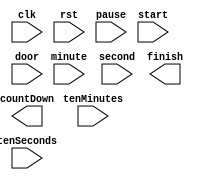
module MicrowaveDoor(clk, rst, tenMinutes, minute, tenSeconds, second, pause, start, door, countDown, finish);
    input clk;
    input rst;
    input tenMinutes;
    input minute;
    input tenSeconds;
    input second;
    input pause;
    input start;
    input door;
    output [9:0] countDown;
    output       finish;
endmodule